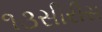
૧૩સીરીસ